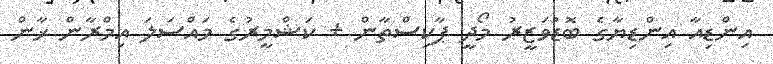
އިންޑިއާ އިންޑިޔާގެ ބޮޑުވަޒީރު މޯދީ ޕާކިސްތާން + ކަޝްމީރުގެ މައްސަލަ އިމްރާން ޚާން